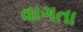
વાગતા